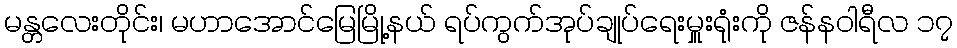
မန္တလေးတိုင်း၊ မဟာအောင်မြေမြို့နယ် ရပ်ကွက်အုပ်ချုပ်ရေးမှူးရုံးကို ဇန်နဝါရီလ ၁၇